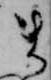
ま